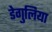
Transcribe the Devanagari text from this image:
डेगुलिया